Vaccination in Bombay 1869-1873 - 1869-1873
Year: 1869
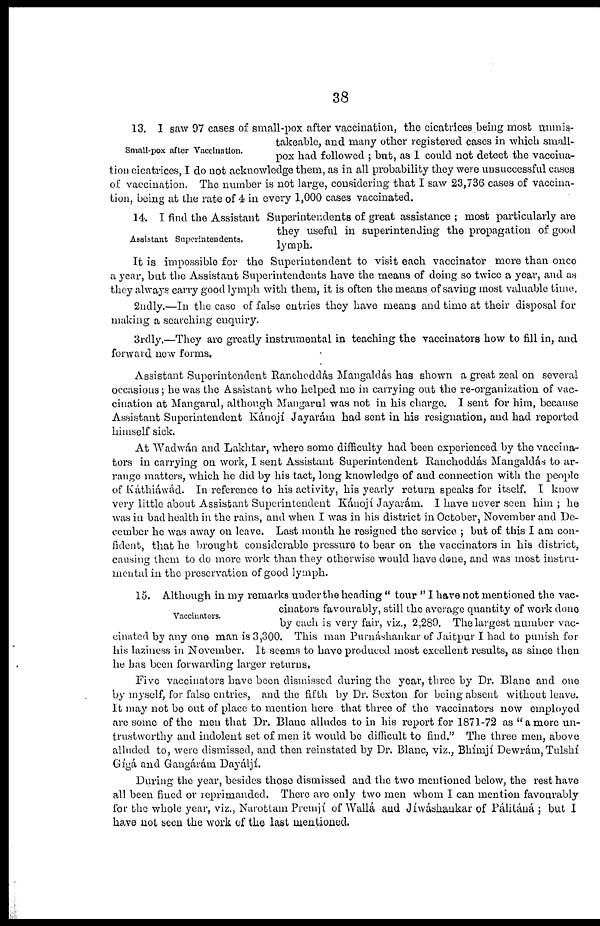
38
Small-pox after Vaccination.
13. I saw 97 cases of small-pox after vaccination, the cicatrices being most unmis-
takeable, and many other registered cases in which small-
pox had followed ; but, as 1 could not detect the vaccina¬
tion cicatrices, I do not acknowledge them, as in all probability they were unsuccessful cases
of vaccination. The number is not large, considering that I saw 23,736 cases of vaccina-
tion, being at the rate of 4 in every 1,000 cases vaccinated.
Assistant Superintendents.
14. I find the Assistant Superintendents of great assistance ; most particularly are
they useful in superintending the propagation of good
lymph.
It is impossible for the Superintendent to visit each vaccinator more than once
a year, but the Assistant Superintendents have the means of doing so twice a year, and as
they always carry good lymph with them, it is often the means of saving most valuable time.
2ndly.—In the case of false entries they have means and time at their disposal for
making a searching enquiry.
3rdly.—They are greatly instrumental in teaching the vaccinators how to fill in, and
forward new forms.
Assistant Superintendent Rancheddás Mangaldás has shown a great zeal on several
occasions ; he was the Assistant who helped me in carrying out the re-organization of vac-
cination at Mangarul, although Mangarul was not in his charge. I sent for him, because
Assistant Superintendent Kánojí Jayarám had sent in his resignation, and had reported
himself sick.
At Wadwán and Lakhtar, where some difficulty had been experienced by the vaccina-
tors in carrying on work, I sent Assistant Superintendent Ranchoddás Mangaldás to ar-
range matters, which he did by his tact, long knowledge of and connection with the people
of Káthiáwád. In reference to his activity, his yearly return speaks for itself. I know
very little about Assistant Superintendent Kánojí Jayarám. I have never seen him ; he
was in bad health in the rains, and when I was in his district in October, November and De-
cember he was away on leave. Last month he resigned the service ; but of this I am con-
fident, that he brought considerable pressure to bear on the vaccinators in his district,
causing them to do more work than they otherwise would have done, and was most instru-
mental in the preservation of good lymph.
Vaccinators.
15. Although in my remarks under the heading " tour " I have not mentioned the vac-
cinators favourably, still the average quantity of work done
by each is very fair, viz., 2,289. The largest number vac-
cinated by any one man is 3,300. This man Purnáshankur of Jaitpur I had to punish for
his laziness in November. It seems to have produced most excellent results, as since then
he has been forwarding larger returns.
Five vaccinators have been dismissed during the year, three by Dr. Blanc and one
by myself, for false entries, and the fifth by Dr. Sexton for being absent without leave.
It may not be out of place to mention here that three of the vaccinators now employed
are some of the men that Dr. Blanc alludes to in his report for 1871-72 as "amore un-
trustworthy and indolent set of men it would be difficult to find." The three men, above
alluded to, were dismissed, and then reinstated by Dr. Blanc, viz., Bhímjí Dewrám, Tulshí
Gígá and Gangárám Dayáljí.
During the year, besides those dismissed and the two mentioned below, the rest have
all been fined or reprimanded. There are only two men whom I can mention favourably
for the whole year, viz., Narottam Premjí of Wallá and Jíwáshankar of Pálitáná ; but I
have not seen the work of the last mentioned.